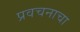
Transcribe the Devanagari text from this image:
प्रवचनाचा